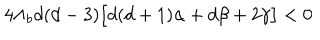
4 \Lambda _ { b } d ( d - 3 ) \big [ d ( d + 1 ) \alpha + d \beta + 2 \gamma \big ] < 0